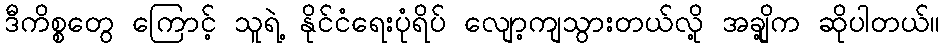
ဒီကိစ္စတွေ ကြောင့် သူရဲ့ နိုင်ငံရေးပုံရိပ် လျော့ကျသွားတယ်လို့ အချို့က ဆိုပါတယ်။